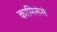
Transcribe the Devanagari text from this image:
कामिसेसे